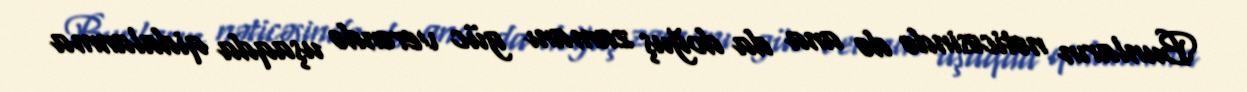
Bunların nəticəsində də ana da doğuş zamanı güc verəndə uşaqda qidalanma